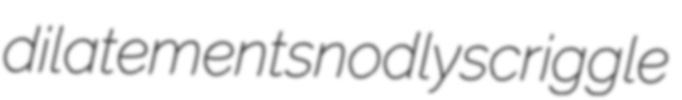
dilatement snodly scriggle